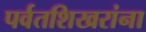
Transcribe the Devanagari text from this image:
पर्वतशिखरांना